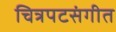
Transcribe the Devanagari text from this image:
चित्रपटसंगीत